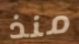
منذ